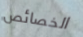
الخصائص